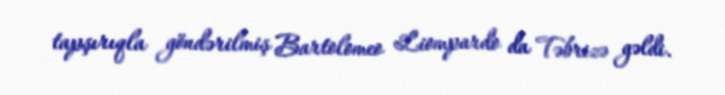
tapşırıqla göndərilmiş Bartolomeo Liompardo da Təbrizə gəldi.